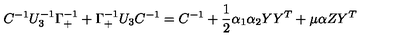
C ^ { - 1 } U _ { 3 } ^ { - 1 } \Gamma _ { + } ^ { - 1 } + \Gamma _ { + } ^ { - 1 } U _ { 3 } C ^ { - 1 } = C ^ { - 1 } + { \frac { 1 } { 2 } } \alpha _ { 1 } \alpha _ { 2 } Y Y ^ { T } + \mu \alpha Z Y ^ { T }